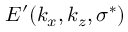
E ^ { \prime } ( k _ { x } , k _ { z } , \sigma ^ { * } )